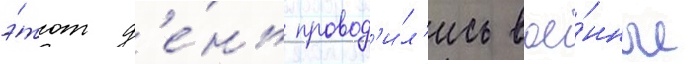
э́тот д'е́нь провод'и́л'ись вое́нные